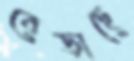
বেড়াছে